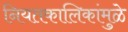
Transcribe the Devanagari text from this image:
नियतकालिकांमुळे